Scottish Leaving Certificate Examination, 1951
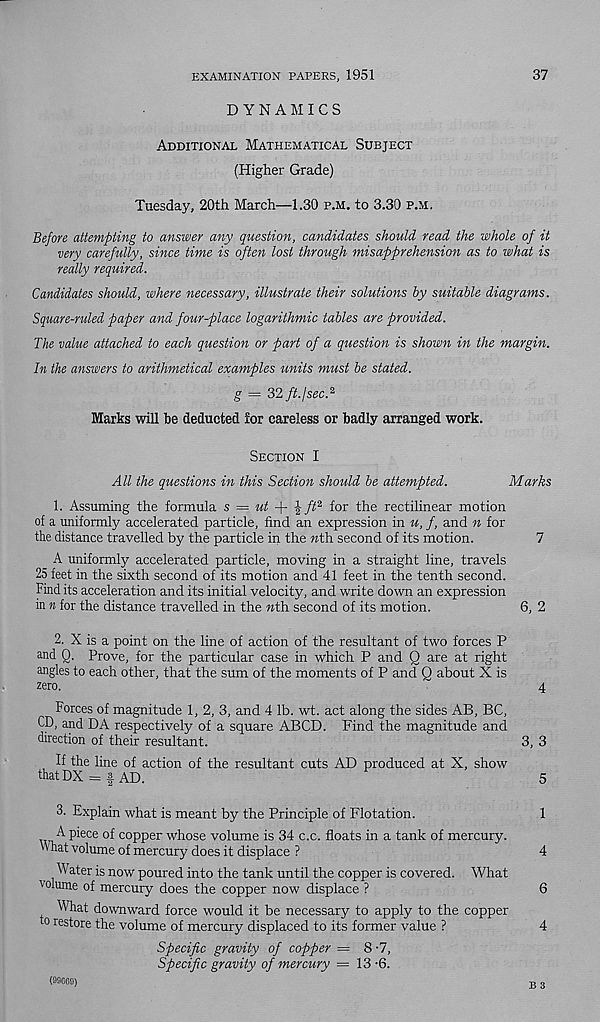
EXAMINATION PAPERS, 1951
37
DYNAMICS
Additional Mathematical Subject
(Higher Grade)
Tuesday, 20th March—1.30 p.m. to 3.30 p.m.
Before attempting to answer any question, candidates should read the whole of it
very carefully, since time is often lost through misapprehension as to what is
really required.
Candidates should, where necessary, illustrate their solutions by suitable diagrams.
Square-ruled paper and four-place logarithmic tables are provided.
The value attached to each question or part of a question is shown in the margin.
In the answers to arithmetical examples units must be stated.
g = 32 ft. I sec. 2
Marks will he deducted lor careless or badly arranged work.
Section I
All the questions in this Section should be attempted.
Marks
1. Assuming the formula s — ut -\- \ ft 2 for the rectilinear motion
of a uniformly accelerated particle, find an expression in u, f, and n for
the distance travelled by the particle in the wth second of its motion.
7
A uniformly accelerated particle, moving in a straight line, travels
25 feet in the sixth second of its motion and 41 feet in the tenth second.
Find its acceleration and its initial velocity, and write down an expression
in n for the distance travelled in the wth second of its motion.
6, 2
2. X is a point on the line of action of the resultant of two forces P
and Q. Prove, for the particular case in which P and Q are at right
angles to each other, that the sum of the moments of P and Q about X is
zero.
4
Forces of magnitude 1, 2, 3, and 4 lb. wt. act along the sides AB, BC,
CD, and DA respectively of a square ABCD. Find the magnitude and
direction of their resultant.
3, 3
If the line of action of the resultant cuts AD produced at X, show
thatDX = | AD.
5
3. Explain what is meant by the Principle of Flotation.
1
A piece of copper whose volume is 34 c.c. floats in a tank of mercury.
What volume of mercury does it displace ?
4
Water is now poured into the tank until the copper is covered. What
volume of mercury does the copper now displace ?
6
What downward force would it be necessary to apply to the copper
to restore the volume of mercury displaced to its former value ?
4
Specific gravity of copper = 8 -7,
Specific gravity of mercury = 13 '6.
(99669)
-g g